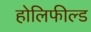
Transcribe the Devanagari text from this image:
होलिफील्ड